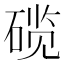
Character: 𬒗